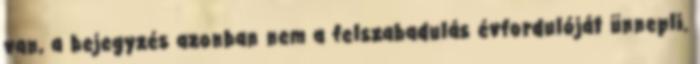
van, a bejegyzés azonban nem a felszabadulás évfordulóját ünnepli.